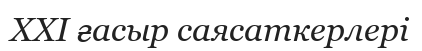
XXI ғасыр саясаткерлері